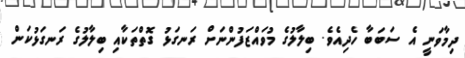
ދިމާވަނީ އެ ސަބަބާ ހެދިއެވެ. ބިލާލުގެ މުވައްޒަފުންނަށް ރަނގަޅު ގޮތްތަކާއި ބިލާލުގެ ރަނގަޅުކަން